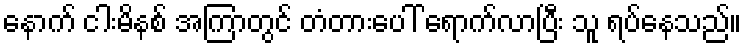
နောက် ငါးမိနစ် အကြာတွင် တံတားပေါ် ရောက်လာပြီး သူ ရပ်နေသည်။